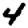
Digit: 4